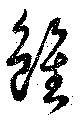
雖